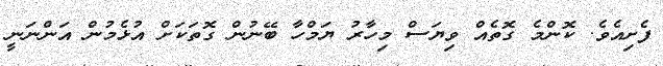
ފެށިއެވެ. ކޮންމެ ގޮތެއް ވިޔަސް މިހާރު ޔަމްހާ ބޭނުން ގޮތަކަށް އުޅެމުން އަންނަނީ